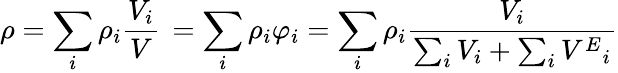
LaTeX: \rho=\sum_{i}\rho_{i}{\frac{V_{i}}{V}}\, =\sum_{i}\rho_{i}\varphi_{i}=\sum_{i}\rho_{i}{\frac{V_{i}}{\sum_{i}V_{i}+\sum_{i}{V^{E}}_{i}}}